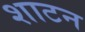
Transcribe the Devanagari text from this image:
शाटन